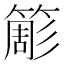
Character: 簓